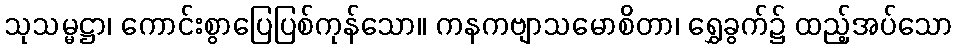
သုသမ္မဋ္ဌာ၊ ကောင်းစွာပြေပြစ်ကုန်သော။ ကနကဗျာသမောစိတာ၊ ရွှေခွက်၌ ထည့်အပ်သော